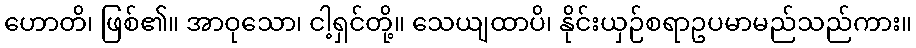
ဟောတိ၊ ဖြစ်၏။ အာဝုသော၊ ငါ့ရှင်တို့။ သေယျထာပိ၊ နိုင်းယှဉ်စရာဥပမာမည်သည်ကား။